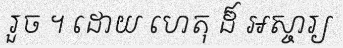
រួច ។ ដោយ ហេតុ ដ៏ អស្ចារ្យ